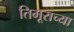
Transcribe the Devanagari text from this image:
तिमूराच्या